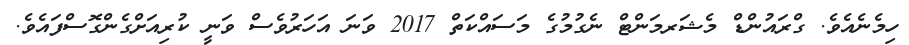
ހިމެނެއެވެ. ގްރައުންޑް މެޝަރމަންޓް ނެގުމުގެ މަސައްކަތް 2017 ވަނަ އަހަރުވެސް ވަނީ ކުރިއަށްގެންގޮސްފައެވެ.